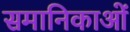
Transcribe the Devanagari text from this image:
समानिकाओं